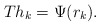
\begin{align*}T h_k = \Psi(r_k).\end{align*}